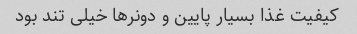
کیفیت غذا بسیار پایین و دونرها خیلی تند بود